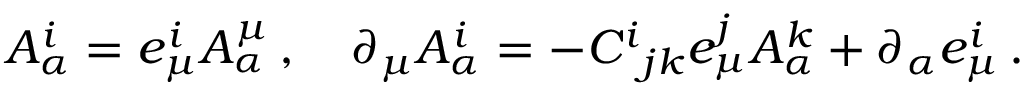
A _ { \alpha } ^ { i } = e _ { \mu } ^ { i } A _ { \alpha } ^ { \mu } \, , \quad \partial _ { \mu } A _ { \alpha } ^ { i } = - C ^ { i } { } _ { j k } e _ { \mu } ^ { j } A _ { \alpha } ^ { k } + \partial _ { \alpha } e _ { \mu } ^ { i } \, .